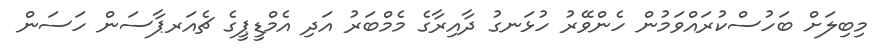
މިބިލަށް ބަހުސްކުރައްވަމުން ހެންވޭރު ހުޅަނގު ދާއިރާގެ މެމްބަރު އަދި އެމްޑީޕީގެ ޗެއަރޕާސަން ހަސަން